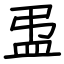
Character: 盄